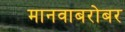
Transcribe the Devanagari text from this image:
मानवाबरोबर